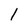
Character: l